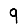
Digit: 9